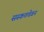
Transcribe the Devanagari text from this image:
सस्कतचेवन